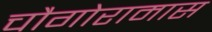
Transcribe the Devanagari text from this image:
चौगोरामास